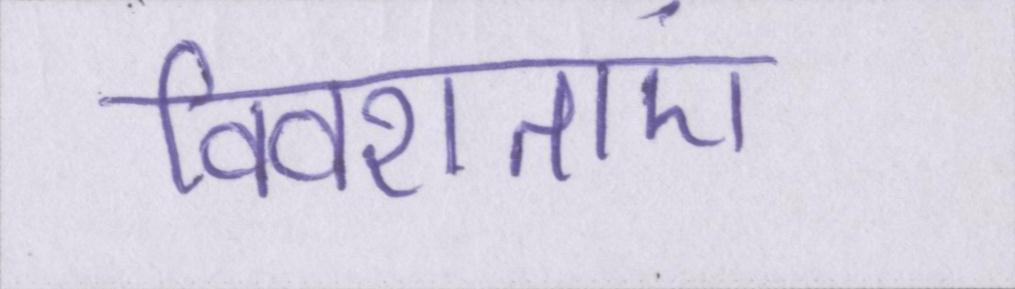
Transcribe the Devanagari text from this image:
विवशताएं